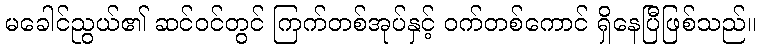
မခေါင်ညွယ်၏ ဆင်ဝင်တွင် ကြက်တစ်အုပ်နှင့် ဝက်တစ်ကောင် ရှိနေပြီဖြစ်သည်။